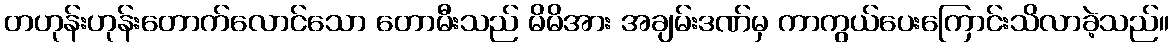
တဟုန်းဟုန်းတောက်လောင်သော တောမီးသည် မိမိအား အချမ်းဒဏ်မှ ကာကွယ်ပေးကြောင်းသိလာခဲ့သည်။